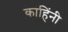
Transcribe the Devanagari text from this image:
काहिंनी